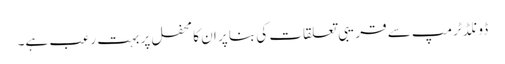
ڈونلڈ ٹرمپ سے قریبی تعلقات کی بنا پر ان کا محفل پر بہت رعب ہے۔